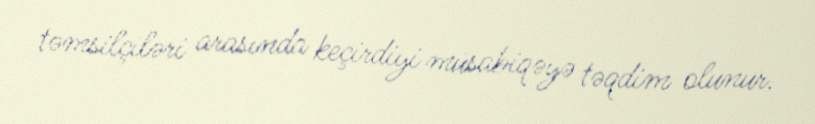
təmsilçiləri arasında keçirdiyi müsabiqəyə təqdim olunur.